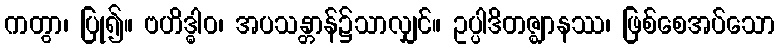
ကတွာ၊ ပြု၍။ ဗဟိဒ္ဓါဝ၊ အပသန္တာန်၌သာလျှင်။ ဥပ္ပါဒိတဇ္ဈာနဿ၊ ဖြစ်စေအပ်သော